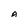
Character: A